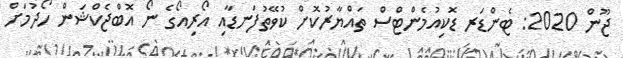
ޖޫން 2020: ޓެންޑަރ ޑޮކިއުމެންޓްސް ތައްޔާރުކޮށް ކުވޭތުފަނޑާއި އޯރިއޯގެ ނޯ އޮބްޖެކްޝަން ހޯދުމަށް